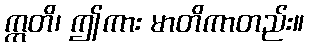
ဣတိ၊ ဤကား မာတိကာတည်း။